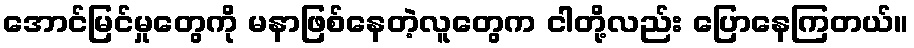
အောင်မြင်မှုတွေကို မနာဖြစ်နေတဲ့လူတွေက ငါတို့လည်း ပြောနေကြတယ်။